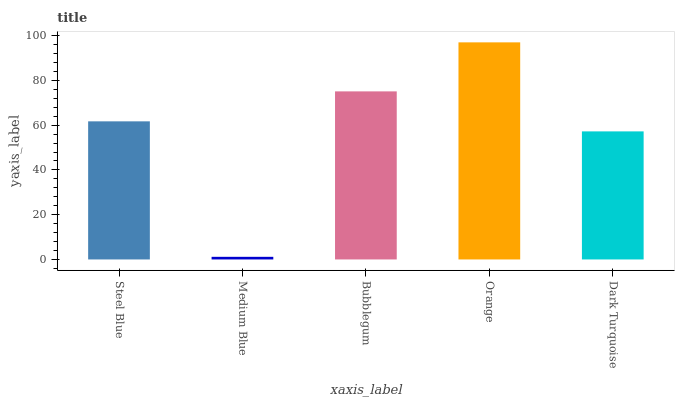
| xaxis_label | bars |
 | --- | --- |
 | Steel Blue | 61.7 |
 | Medium Blue | 1.17 |
 | Bubblegum | 75.1 |
 | Orange | 97 |
 | Dark Turquoise | 57.2 |